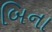
બિના